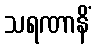
သရဏာနိံ